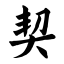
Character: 契